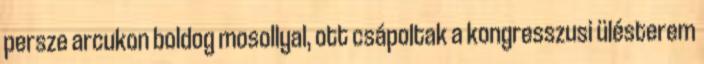
persze arcukon boldog mosollyal, ott csápoltak a kongresszusi ülésterem